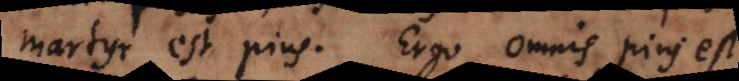
martyr est pius. Ergo omnis pius est